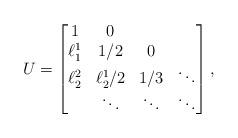
LaTeX: \begin{align*}U = \left[\begin{matrix}1 & 0 & & \\\ell^1_1 & 1/2 & 0 & \\\ell^2_2 & \ell^1_2/2 & 1/3 & \ddots \\ & \ddots & \ddots & \ddots\end{matrix}\right] ,\end{align*}